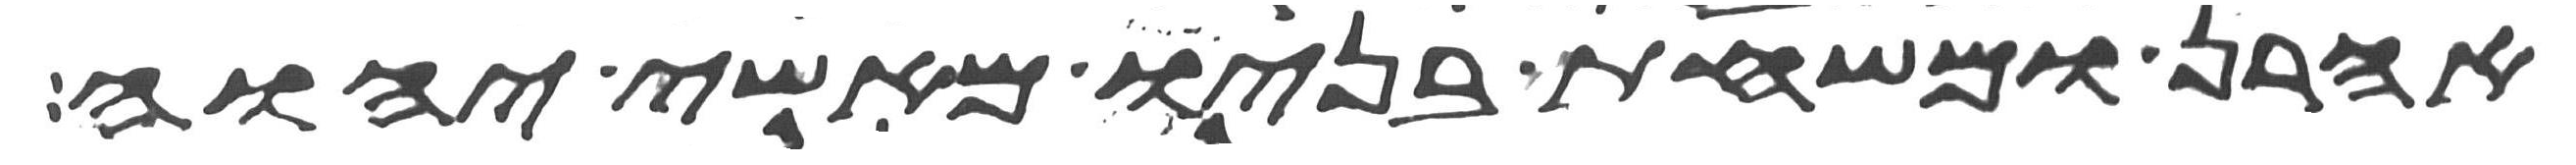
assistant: אהרן ומשחת בניו מאשי יהוה